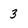
Character: 3